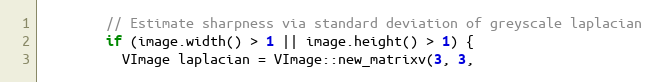
Language: C++
        // Estimate sharpness via standard deviation of greyscale laplacian
        if (image.width() > 1 || image.height() > 1) {
          VImage laplacian = VImage::new_matrixv(3, 3,